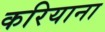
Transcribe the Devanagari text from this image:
करियाना